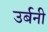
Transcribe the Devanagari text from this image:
उर्बनी